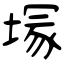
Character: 塜